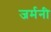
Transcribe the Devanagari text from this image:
जर्मनी